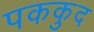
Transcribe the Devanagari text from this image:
पककुद